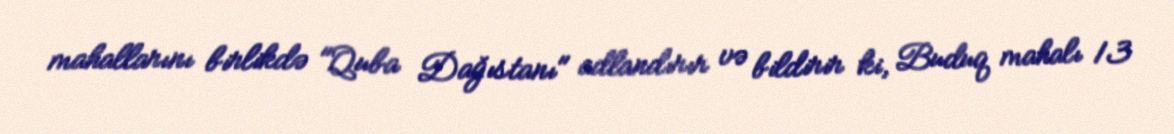
mahallarını birlikdə "Quba Dağıstanı" adlandırır və bildirir ki, Buduq mahalı 13